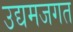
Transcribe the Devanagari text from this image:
उद्यमजगत